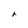
Character: r